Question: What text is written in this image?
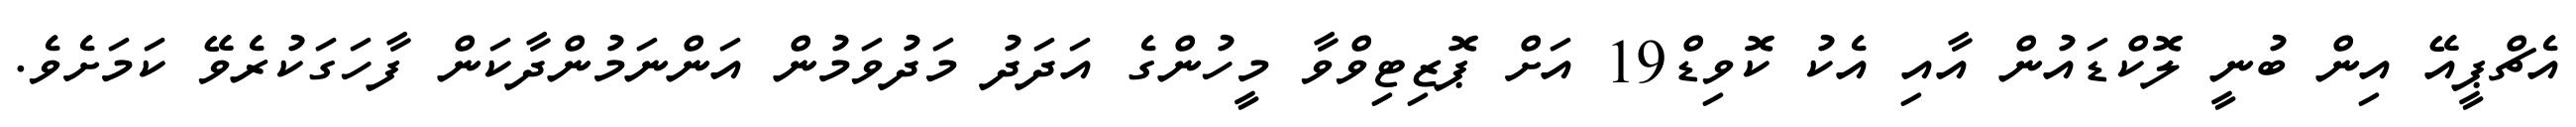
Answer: އެޗްޕީއޭ އިން ބުނީ ލޮކްޑައުން އާއި އެކު ކޮވިޑް19 އަށް ޕޮޒިޓިވްވާ މީހުންގެ އަދަދު މަދުވަމުން އަންނަމުންދާކަން ފާހަގަކުރެވޭ ކަމަށެވެ.